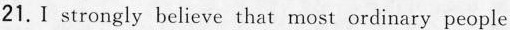
21.I strongly believe that most ordinary people